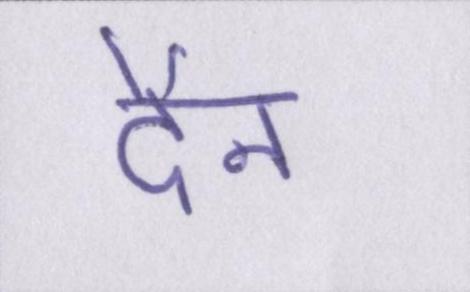
दैन